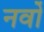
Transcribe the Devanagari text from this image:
नर्वो